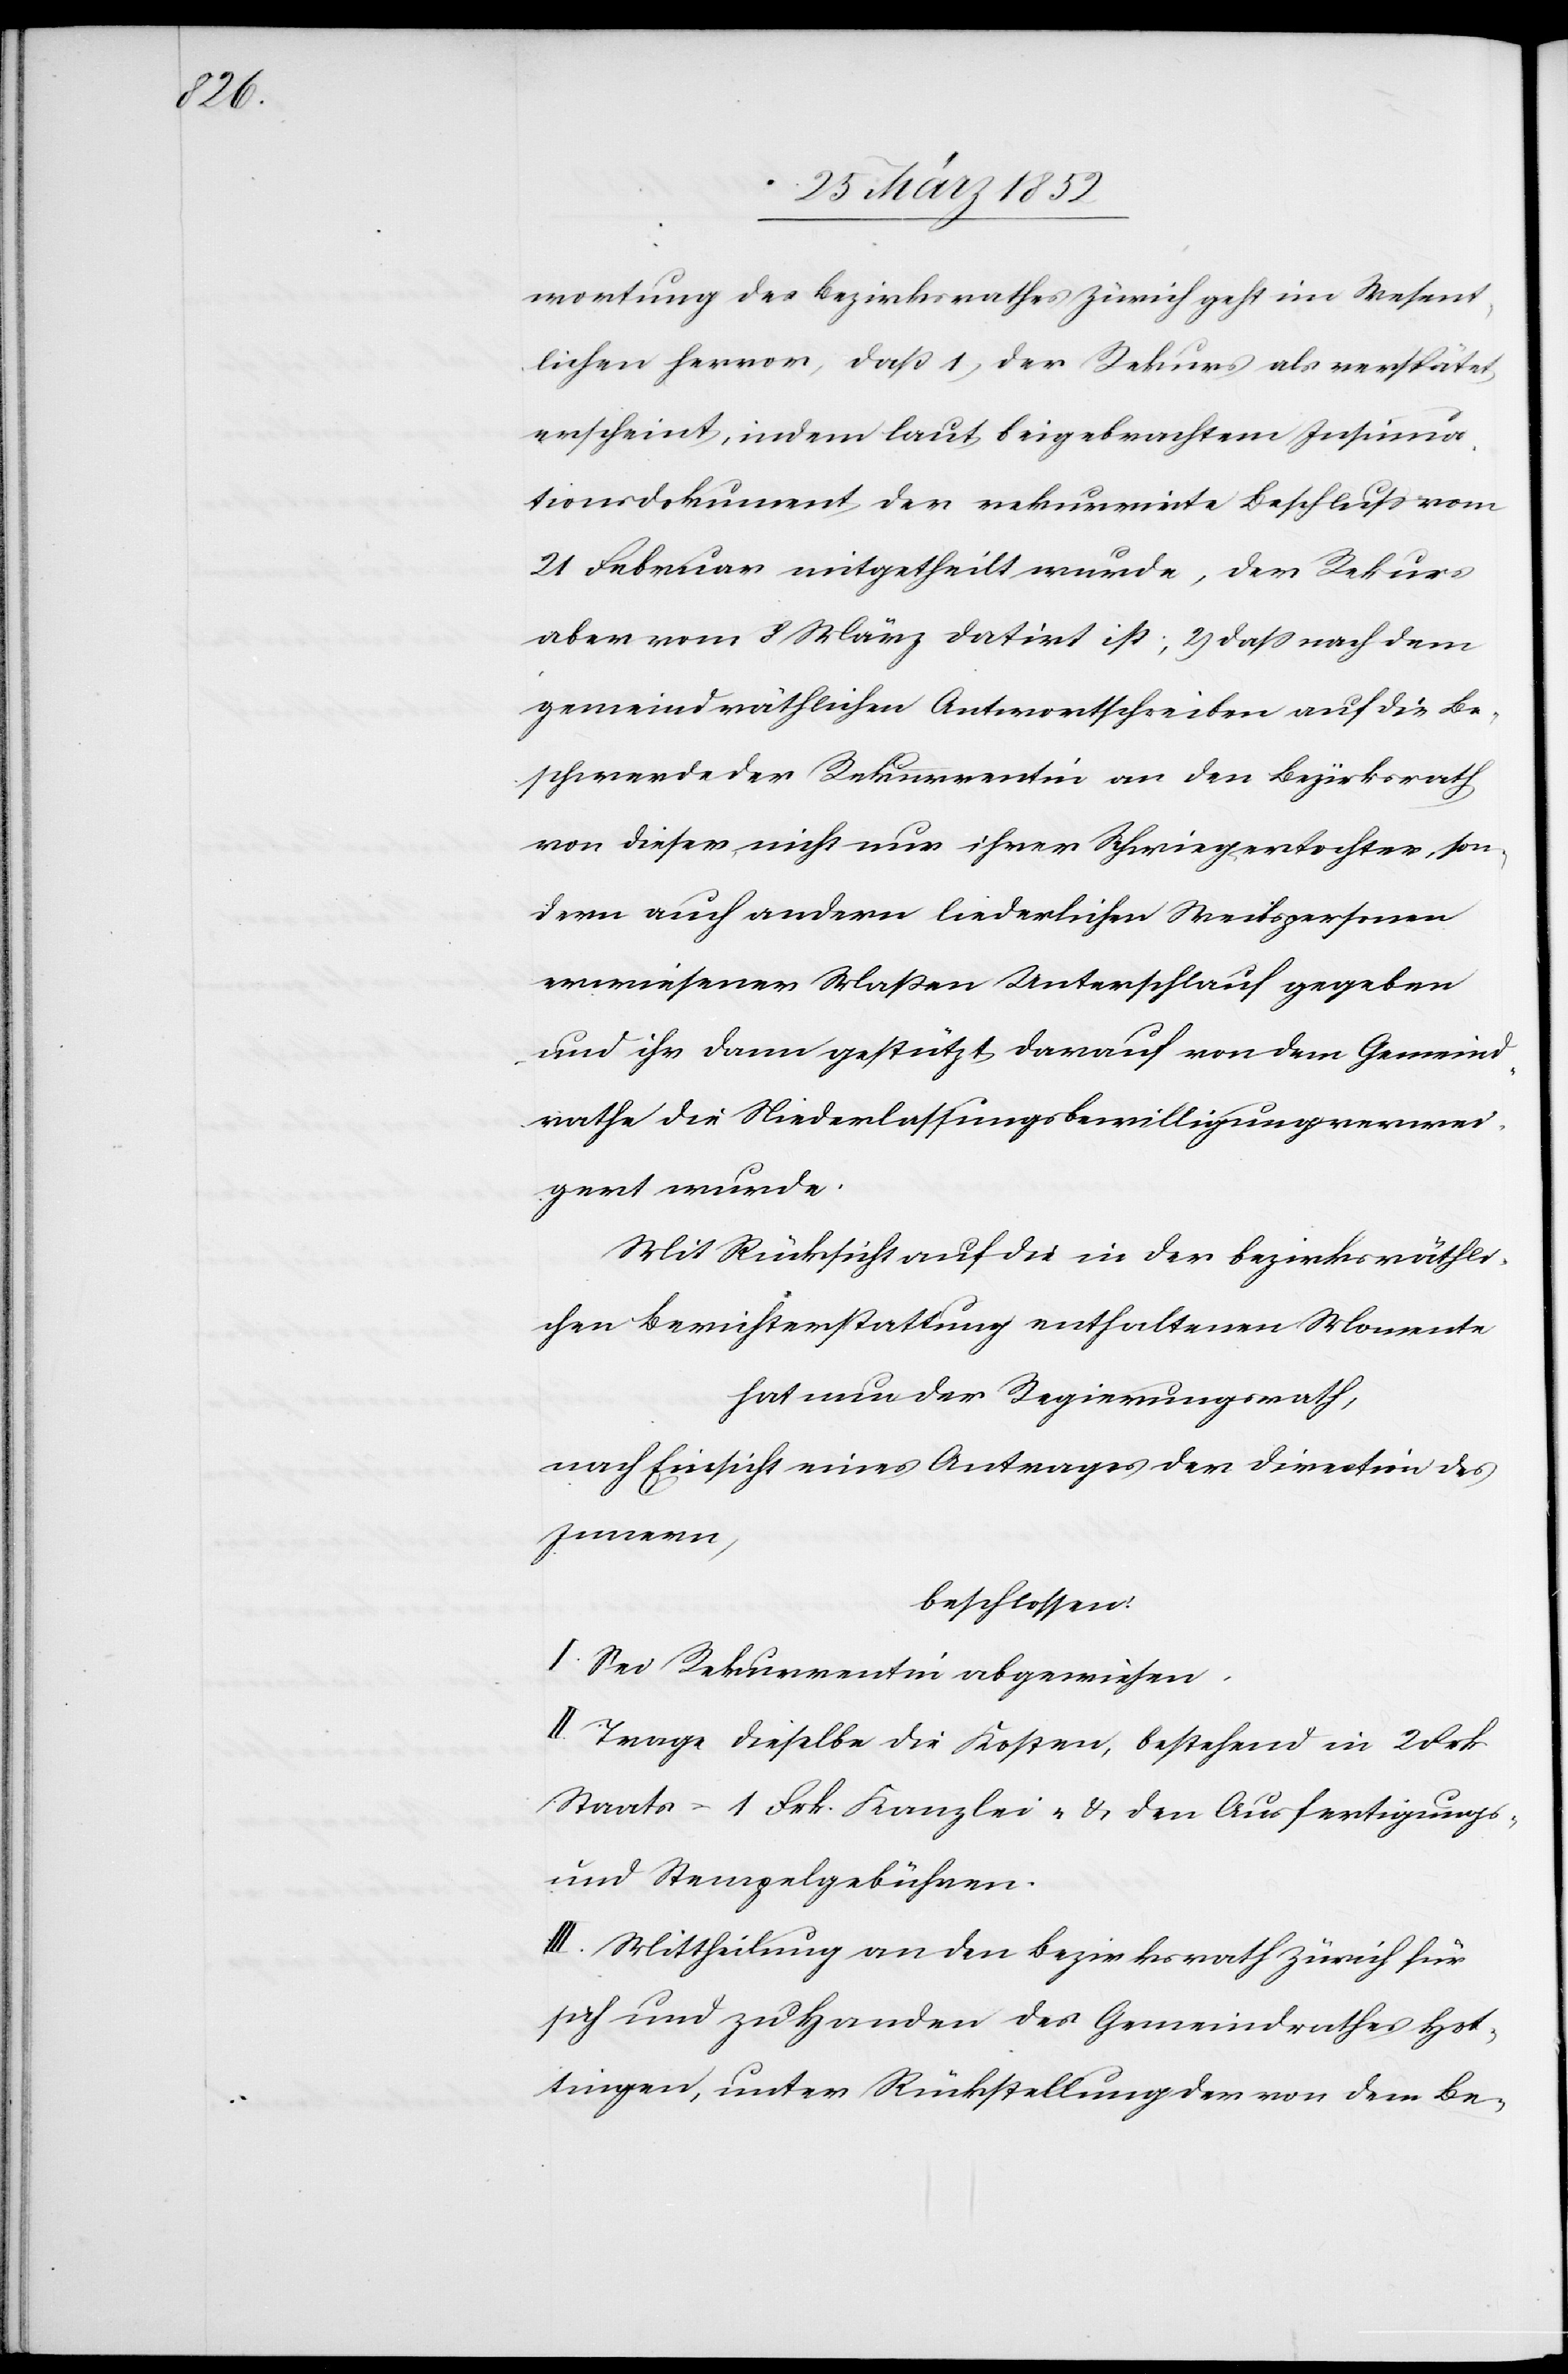
wortung des Bezirksrathes Zürich geht im Wesent¬
lichen hervor, daß 1) der Rekurs als verspätet
erscheint, indem laut beigebrachtem Insinua¬
tionsdokument der rekurrirte Beschluß vom
21 Februar mitgetheilt wurde, der Rekurs
aber vom 8 März datirt ist; 2) daß nach dem
gemeindräthlichen Antwortschreiben auf die Be¬
schwerde der Rekurrentin an den Bezirksrath
von dieser nicht nur ihrer Schwiegertochter, son¬
dern auch andern liederlichen Weibspersonen
erwiesener Maßen Unterschlupf gegeben
und ihr dann gestützt darauf von dem Gemeind¬
rathe die Niederlassungsbewilligung verwei¬
gert wurde.
Mit Rücksicht auf die in der bezirksräthli¬
chen Berichterstattung enthaltenen Momente
hat der Regierungsrath,
nach Einsicht eines Antrages der Direction des
Innern,
beschlossen:
I. Sei Rekurrentin abgewiesen.
II. Trage dieselbe die Kosten, bestehend in 2 Frk.
Staats- 1 Frk. Kanzlei- u. den Ausfertigungs-
und Stempelgebühren.
III. Mittheilung an den Bezirksrath Zürich für
sich und zu Handen des Gemeindrathes Hot¬
tingen, unter Rückstellung der von dem Be-